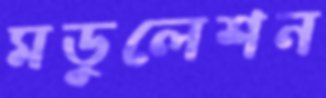
মডুলেশন